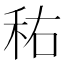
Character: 𱵿